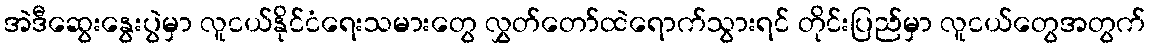
အဲဒီဆွေးနွေးပွဲမှာ လူငယ်နိုင်ငံရေးသမားတွေ လွှတ်တော်ထဲရောက်သွားရင် တိုင်းပြည်မှာ လူငယ်တွေအတွက်